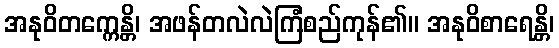
အနုဝိတက္ကေန္တိ၊ အဖန်တလဲလဲကြံစည်ကုန်၏။ အနုဝိစာရေန္တိ၊